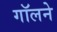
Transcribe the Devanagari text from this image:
गॉलने